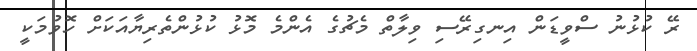
ރޭ ކުޅުނު ސްވީޑަން އިނގިރޭސި ވިލާތް މެޗުގެ އެންމެ މޮޅު ކުޅުންތެރިޔާއަކަށް ހޮވުމަކީ